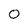
Character: 0